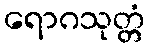
ရောဂသုတ္တံ